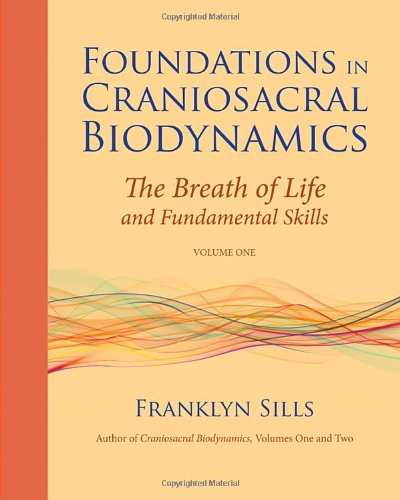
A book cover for Foundations in Craniosacral Biodynamics, Volume One: The Breath of Life and Fundamental Skills; Franklyn Sills; Health, Fitness & Dieting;